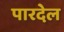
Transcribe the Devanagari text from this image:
पारदेल